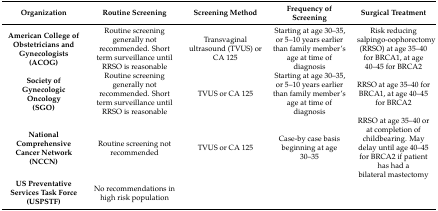
<table><thead><tr><td><b>Organization</b></td><td><b>Routine Screening</b></td><td><b>Screening Method</b></td><td><b>Frequency of Screening</b></td><td><b>Surgical Treatment</b></td></tr></thead><tbody><tr><td><b>American College of Obstetricians and Gynecologists</b><b>(ACOG)</b></td><td>Routine screening generally not recommended. Short term surveillance until RRSO is reasonable</td><td>Transvaginal ultrasound (TVUS) or CA 125</td><td>Starting at age 30–35, or 5–10 years earlier than family member’s age at time of diagnosis</td><td>Risk reducing salpingo-oophorectomy (RRSO) at age 35–40 for BRCA1, at age 40–45 for BRCA2 </td></tr><tr><td><b>Society of Gynecologic Oncology</b><b>(SGO)</b></td><td>Routine screening generally not recommended. Short term surveillance until RRSO is reasonable</td><td>TVUS or CA 125</td><td>Starting at age 30–35, or 5–10 years earlier than family member’s age at time of diagnosis</td><td>RRSO at age 35–40 for BRCA1, at age 40–45 for BRCA2</td></tr><tr><td><b>National Comprehensive Cancer Network</b><b>(NCCN)</b></td><td>Routine screening not recommended</td><td>TVUS or CA 125</td><td>Case-by case basis beginning at age 30–35</td><td>RRSO at age 35–40 or at completion of childbearing. May delay until age 40–45 for BRCA2 if patient has had a bilateral mastectomy</td></tr><tr><td><b>US Preventative Services Task Force</b><b>(USPSTF)</b></td><td>No recommendations in high risk population</td><td>[EMPTY_CELL]</td><td>[EMPTY_CELL]</td><td>[EMPTY_CELL]</td></tr></tbody></table>